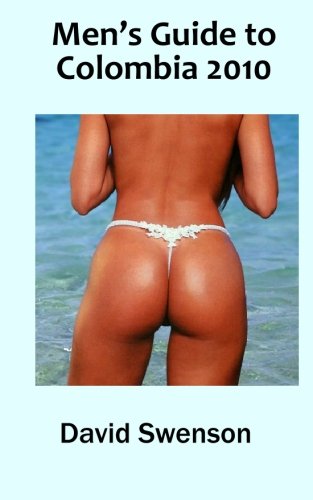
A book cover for Men's Guide to Colombia 2010; David Swenson; Travel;